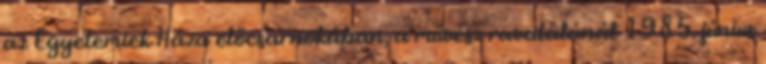
az Egyetemiek Háza előcsarnokában, a művész ravatalánál 1985. június